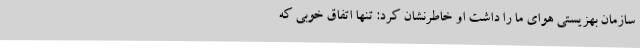
سازمان بهزیستی هوای ما را داشت او خاطرنشان کرد: تنها اتفاق خوبی که